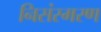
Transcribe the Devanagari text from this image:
निसंस्मरण